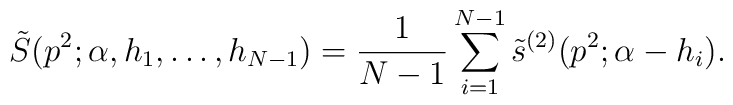
\tilde S(p^{2};\alpha ,h_{1},\ldots ,h_{N-1}) ={1\over N-1}\sum_{i=1}^{N-1} \tilde s^{(2)}(p^{2};\alpha -h_{i}).